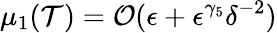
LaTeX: \mu_{1}(\mathcal{T})=\mathcal{{O}}(\epsilon+\epsilon^{\gamma_{5}}\delta^{-2})